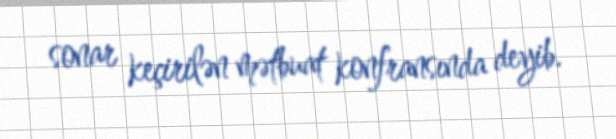
sonar keçirilən mətbuat konfransında deyib.